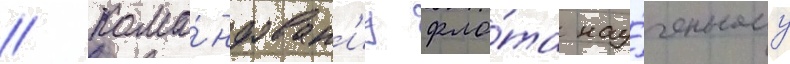
// Кома́ндован'иу фло́та нау́ченному